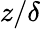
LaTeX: z/\delta